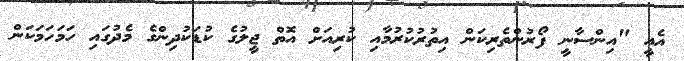
އެއީ "އިންސާނީ ފޯރުންތެރިކަން އިތުރުކުރުމާއި ކުރިއަށް އޮތް ޖީލުގެ ކުޑަކުދިންގެ މެދުގައި ހަމަހަމަކަން